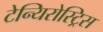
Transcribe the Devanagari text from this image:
टेन्यिरोस्ट्रिस